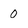
Character: 0